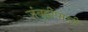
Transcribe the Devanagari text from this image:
जंबुद्वीपाची